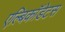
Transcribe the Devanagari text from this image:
एल्बिकॉडेटस